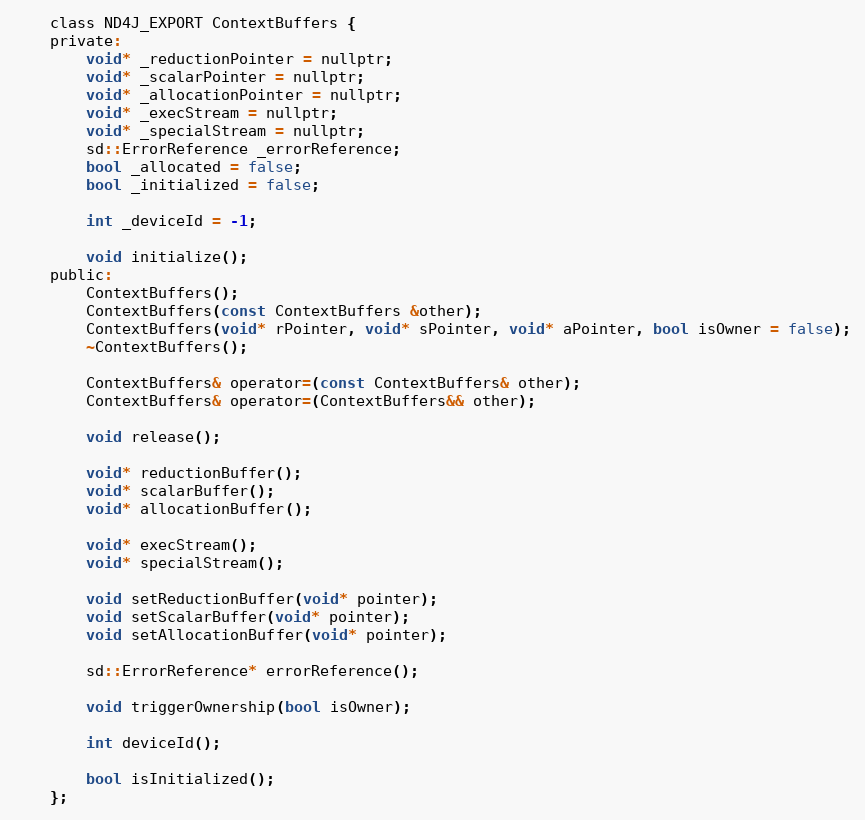
Language: C
    class ND4J_EXPORT ContextBuffers {
    private:
        void* _reductionPointer = nullptr;
        void* _scalarPointer = nullptr;
        void* _allocationPointer = nullptr;
        void* _execStream = nullptr;
        void* _specialStream = nullptr;
        sd::ErrorReference _errorReference;
        bool _allocated = false;
        bool _initialized = false;

        int _deviceId = -1;

        void initialize();
    public:
        ContextBuffers();
        ContextBuffers(const ContextBuffers &other);
        ContextBuffers(void* rPointer, void* sPointer, void* aPointer, bool isOwner = false);
        ~ContextBuffers();

        ContextBuffers& operator=(const ContextBuffers& other);
        ContextBuffers& operator=(ContextBuffers&& other);

        void release();

        void* reductionBuffer();
        void* scalarBuffer();
        void* allocationBuffer();

        void* execStream();
        void* specialStream();

        void setReductionBuffer(void* pointer);
        void setScalarBuffer(void* pointer);
        void setAllocationBuffer(void* pointer);

        sd::ErrorReference* errorReference();

        void triggerOwnership(bool isOwner);

        int deviceId();

        bool isInitialized();
    };